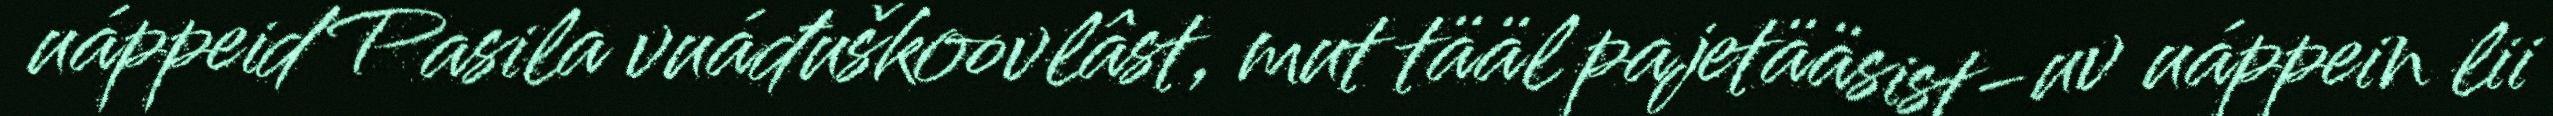
uáppeid Pasila vuáđuškoovlâst, mut tääl pajetääsist-uv uáppein lii